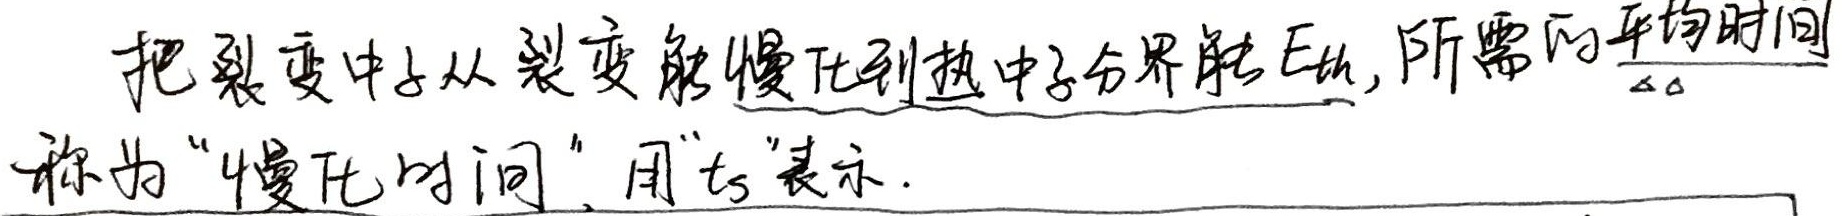
把裂变中子从裂变能慢化到热中子分界能\(E_{th}\)，所需的平均时间称为“慢化时间”，用“\(t_{s}\)”表示.